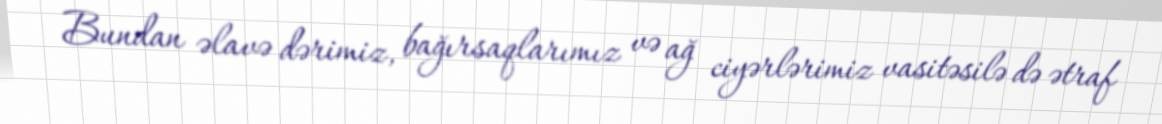
Bundan əlavə dərimiz, bağırsaqlarımız və ağ ciyərlərimiz vasitəsilə də ətraf